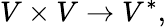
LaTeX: V\times V\to V^{*},